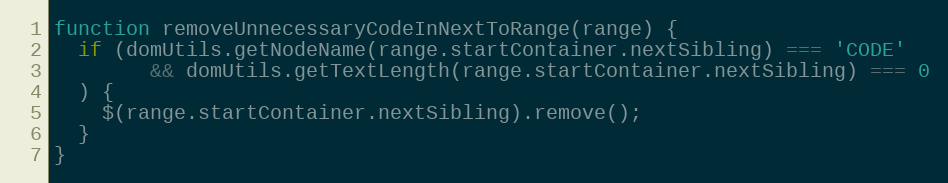
Language: JavaScript
function removeUnnecessaryCodeInNextToRange(range) {
  if (domUtils.getNodeName(range.startContainer.nextSibling) === 'CODE'
        && domUtils.getTextLength(range.startContainer.nextSibling) === 0
  ) {
    $(range.startContainer.nextSibling).remove();
  }
}